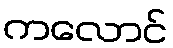
ကလောင်